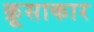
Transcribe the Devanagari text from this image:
क्रूसाकार